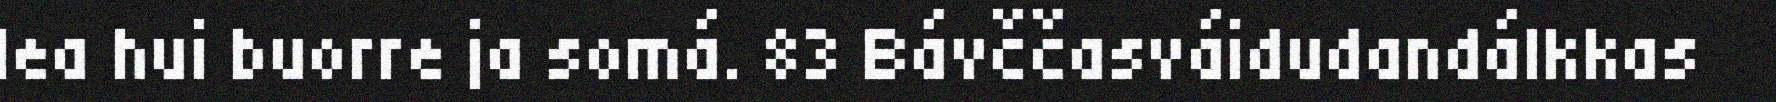
lea hui buorre ja somá. 83 Bávččasváidudandálkkas